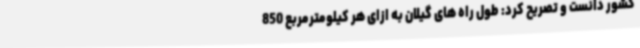
کشور دانست و تصریح کرد: طول راه های گیلان به ازای هر کیلومترمربع 850